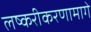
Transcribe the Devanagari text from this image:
लष्करीकरणामागे